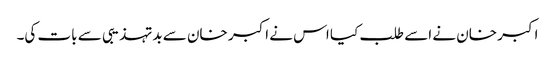
اکبر خان نے اسے طلب کیا اس نے اکبر خان سے بدتہذیبی سے بات کی۔